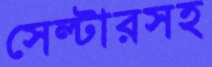
সেল্টারসহ